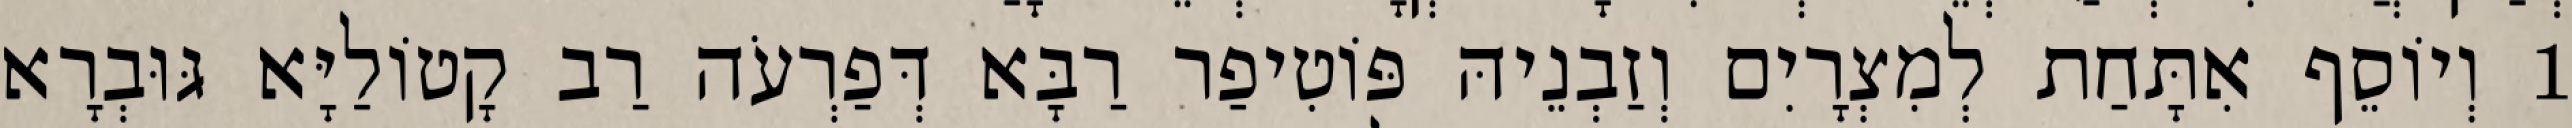
1 וְיוֹסֵף אִתָּחַת לְמִצְרָיִם וְזַבְנֵיהּ פּוֹטִיפַר רַבָּא דְּפַרְעֹה רַב קָטוֹלַיָּא גּוּבְרָא